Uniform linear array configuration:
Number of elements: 32
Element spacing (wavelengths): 1
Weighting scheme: cosine
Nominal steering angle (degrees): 45
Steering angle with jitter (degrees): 45.748
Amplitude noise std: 0.05
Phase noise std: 0.05

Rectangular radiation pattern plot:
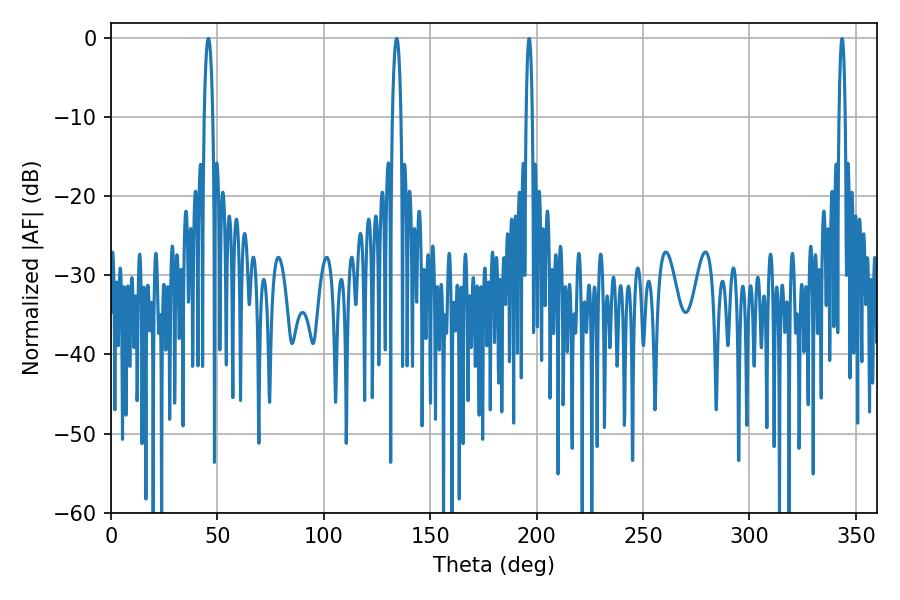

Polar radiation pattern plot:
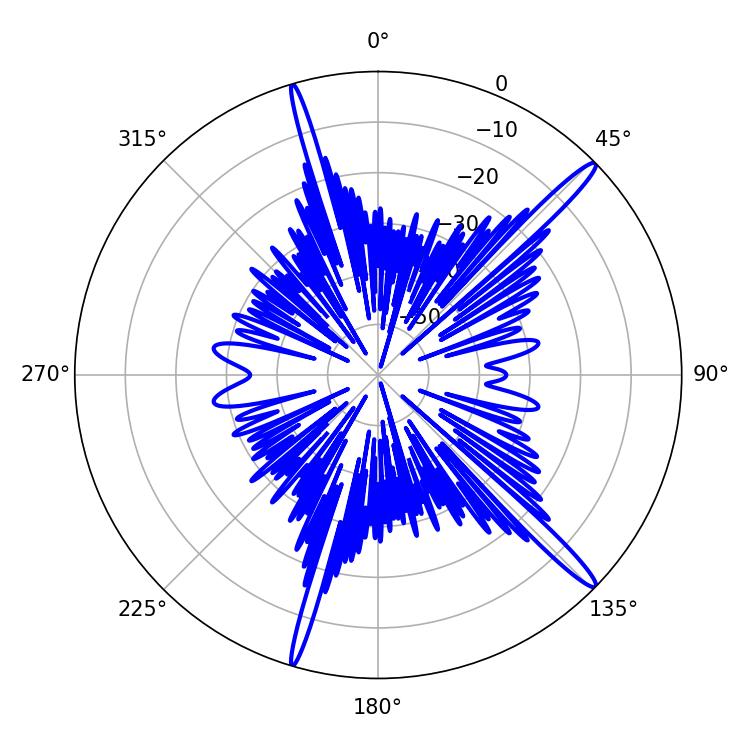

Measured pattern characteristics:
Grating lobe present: TRUE
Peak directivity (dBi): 16.417
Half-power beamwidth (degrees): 2.16
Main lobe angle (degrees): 45.72